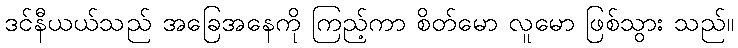
ဒင်နီယယ်သည် အခြေအနေကို ကြည့်ကာ စိတ်မော လူမော ဖြစ်သွား သည်။